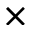
\times